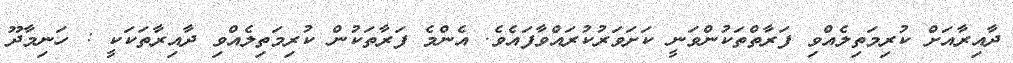
ދާއިރާއަށް ކުރިމަތިލެއްވި ފަރާތްތަކުންވަނީ ކަށަވަރުކުރައްވާފައެވެ. އެންމެ ފަރާތަކުން ކުރިމަތިލެއްވި ދާއިރާތަކަކީ : ހަނިމާދޫ